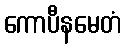
ကောပီနမေတံ